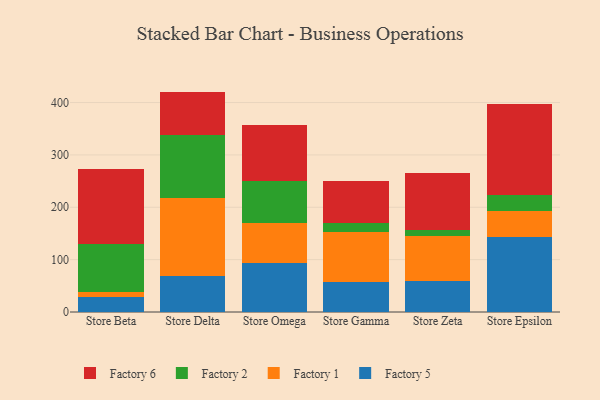
{"axis": {"x": "Store", "y": "Gross Profit (USD K)"}, "legend": ["Factory 1", "Factory 2", "Factory 5", "Factory 6"], "data": [{"x": "Store Beta", "y": 28.4, "type": "Factory 5"}, {"x": "Store Beta", "y": 9.6, "type": "Factory 1"}, {"x": "Store Beta", "y": 91.6, "type": "Factory 2"}, {"x": "Store Beta", "y": 143.5, "type": "Factory 6"}, {"x": "Store Delta", "y": 68.2, "type": "Factory 5"}, {"x": "Store Delta", "y": 149.6, "type": "Factory 1"}, {"x": "Store Delta", "y": 119.3, "type": "Factory 2"}, {"x": "Store Delta", "y": 83.8, "type": "Factory 6"}, {"x": "Store Omega", "y": 93.5, "type": "Factory 5"}, {"x": "Store Omega", "y": 77.1, "type": "Factory 1"}, {"x": "Store Omega", "y": 79.6, "type": "Factory 2"}, {"x": "Store Omega", "y": 106.3, "type": "Factory 6"}, {"x": "Store Gamma", "y": 58.0, "type": "Factory 5"}, {"x": "Store Gamma", "y": 95.3, "type": "Factory 1"}, {"x": "Store Gamma", "y": 17.1, "type": "Factory 2"}, {"x": "Store Gamma", "y": 80.6, "type": "Factory 6"}, {"x": "Store Zeta", "y": 59.8, "type": "Factory 5"}, {"x": "Store Zeta", "y": 84.7, "type": "Factory 1"}, {"x": "Store Zeta", "y": 11.5, "type": "Factory 2"}, {"x": "Store Zeta", "y": 109.9, "type": "Factory 6"}, {"x": "Store Epsilon", "y": 142.9, "type": "Factory 5"}, {"x": "Store Epsilon", "y": 49.8, "type": "Factory 1"}, {"x": "Store Epsilon", "y": 30.0, "type": "Factory 2"}, {"x": "Store Epsilon", "y": 173.7, "type": "Factory 6"}]}